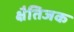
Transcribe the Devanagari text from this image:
क्षैतिजक